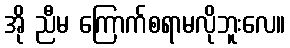
အို ညီမ ကြောက်စရာမလိုဘူးလေ။